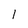
Character: l